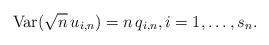
LaTeX: \begin{align*}\mbox{Var}(\sqrt{n}\,u_{i,n})=n\,q_{i,n},i=1,\ldots ,s_{n}.\end{align*}